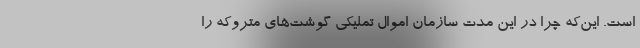
است. این‌که چرا در این مدت سازمان اموال تملیکی گوشت‌های متروکه را